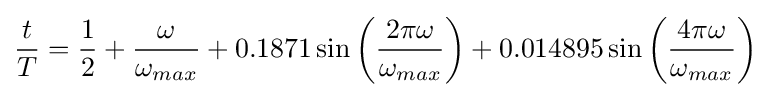
{\frac {t}{T}}={\frac {1}{2}}+{\frac {\omega }{\omega _{max}}}+0.1871\sin \left({\frac {2\pi \omega }{\omega _{max}}}\right)+0.014895\sin \left({\frac {4\pi \omega }{\omega _{max}}}\right)